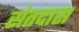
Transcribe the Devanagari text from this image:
संतदास